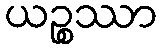
ယဉ္စဿာ